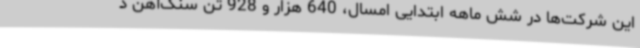
این شرکت‌ها در شش ماهه ابتدایی امسال، 640 هزار و 928 تن سنگ‌آهن د